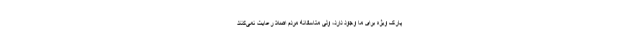
پارک ویژه برای ما وجود دارد، ولی متاسفانه مردم اصلاً رعایت نمی‌کنند